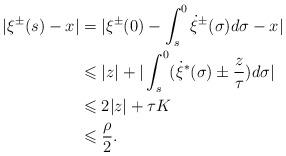
LaTeX: \begin{align*}|\xi^\pm(s)-x|&=|\xi^\pm(0)-\int_s^0\dot{\xi}^\pm(\sigma)d\sigma-x|\\&\leqslant |z|+|\int_s^0(\dot{\xi}^*(\sigma)\pm\frac z \tau)d\sigma|\\&\leqslant 2|z|+\tau K\\&\leqslant \frac \rho 2.\end{align*}